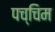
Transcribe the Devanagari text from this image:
पच्चिम